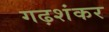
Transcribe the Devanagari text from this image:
गढ़शंकर